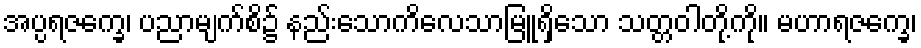
အပ္ပရဇက္ခေ၊ ပညာမျက်စိ၌ နည်းသောကိလေသာမြူရှိသော သတ္တဝါတို့ကို။ မဟာရဇက္ခေ၊